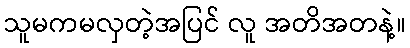
သူမကမလှတဲ့အပြင် လူ အတိအတနဲ့။